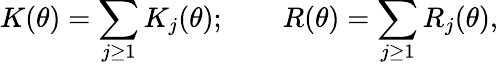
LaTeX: K(\theta)=\sum_{j\geq 1}K_{j}(\theta);\qquad R(\theta)=\sum_{j\geq 1}R_{j}(\theta),